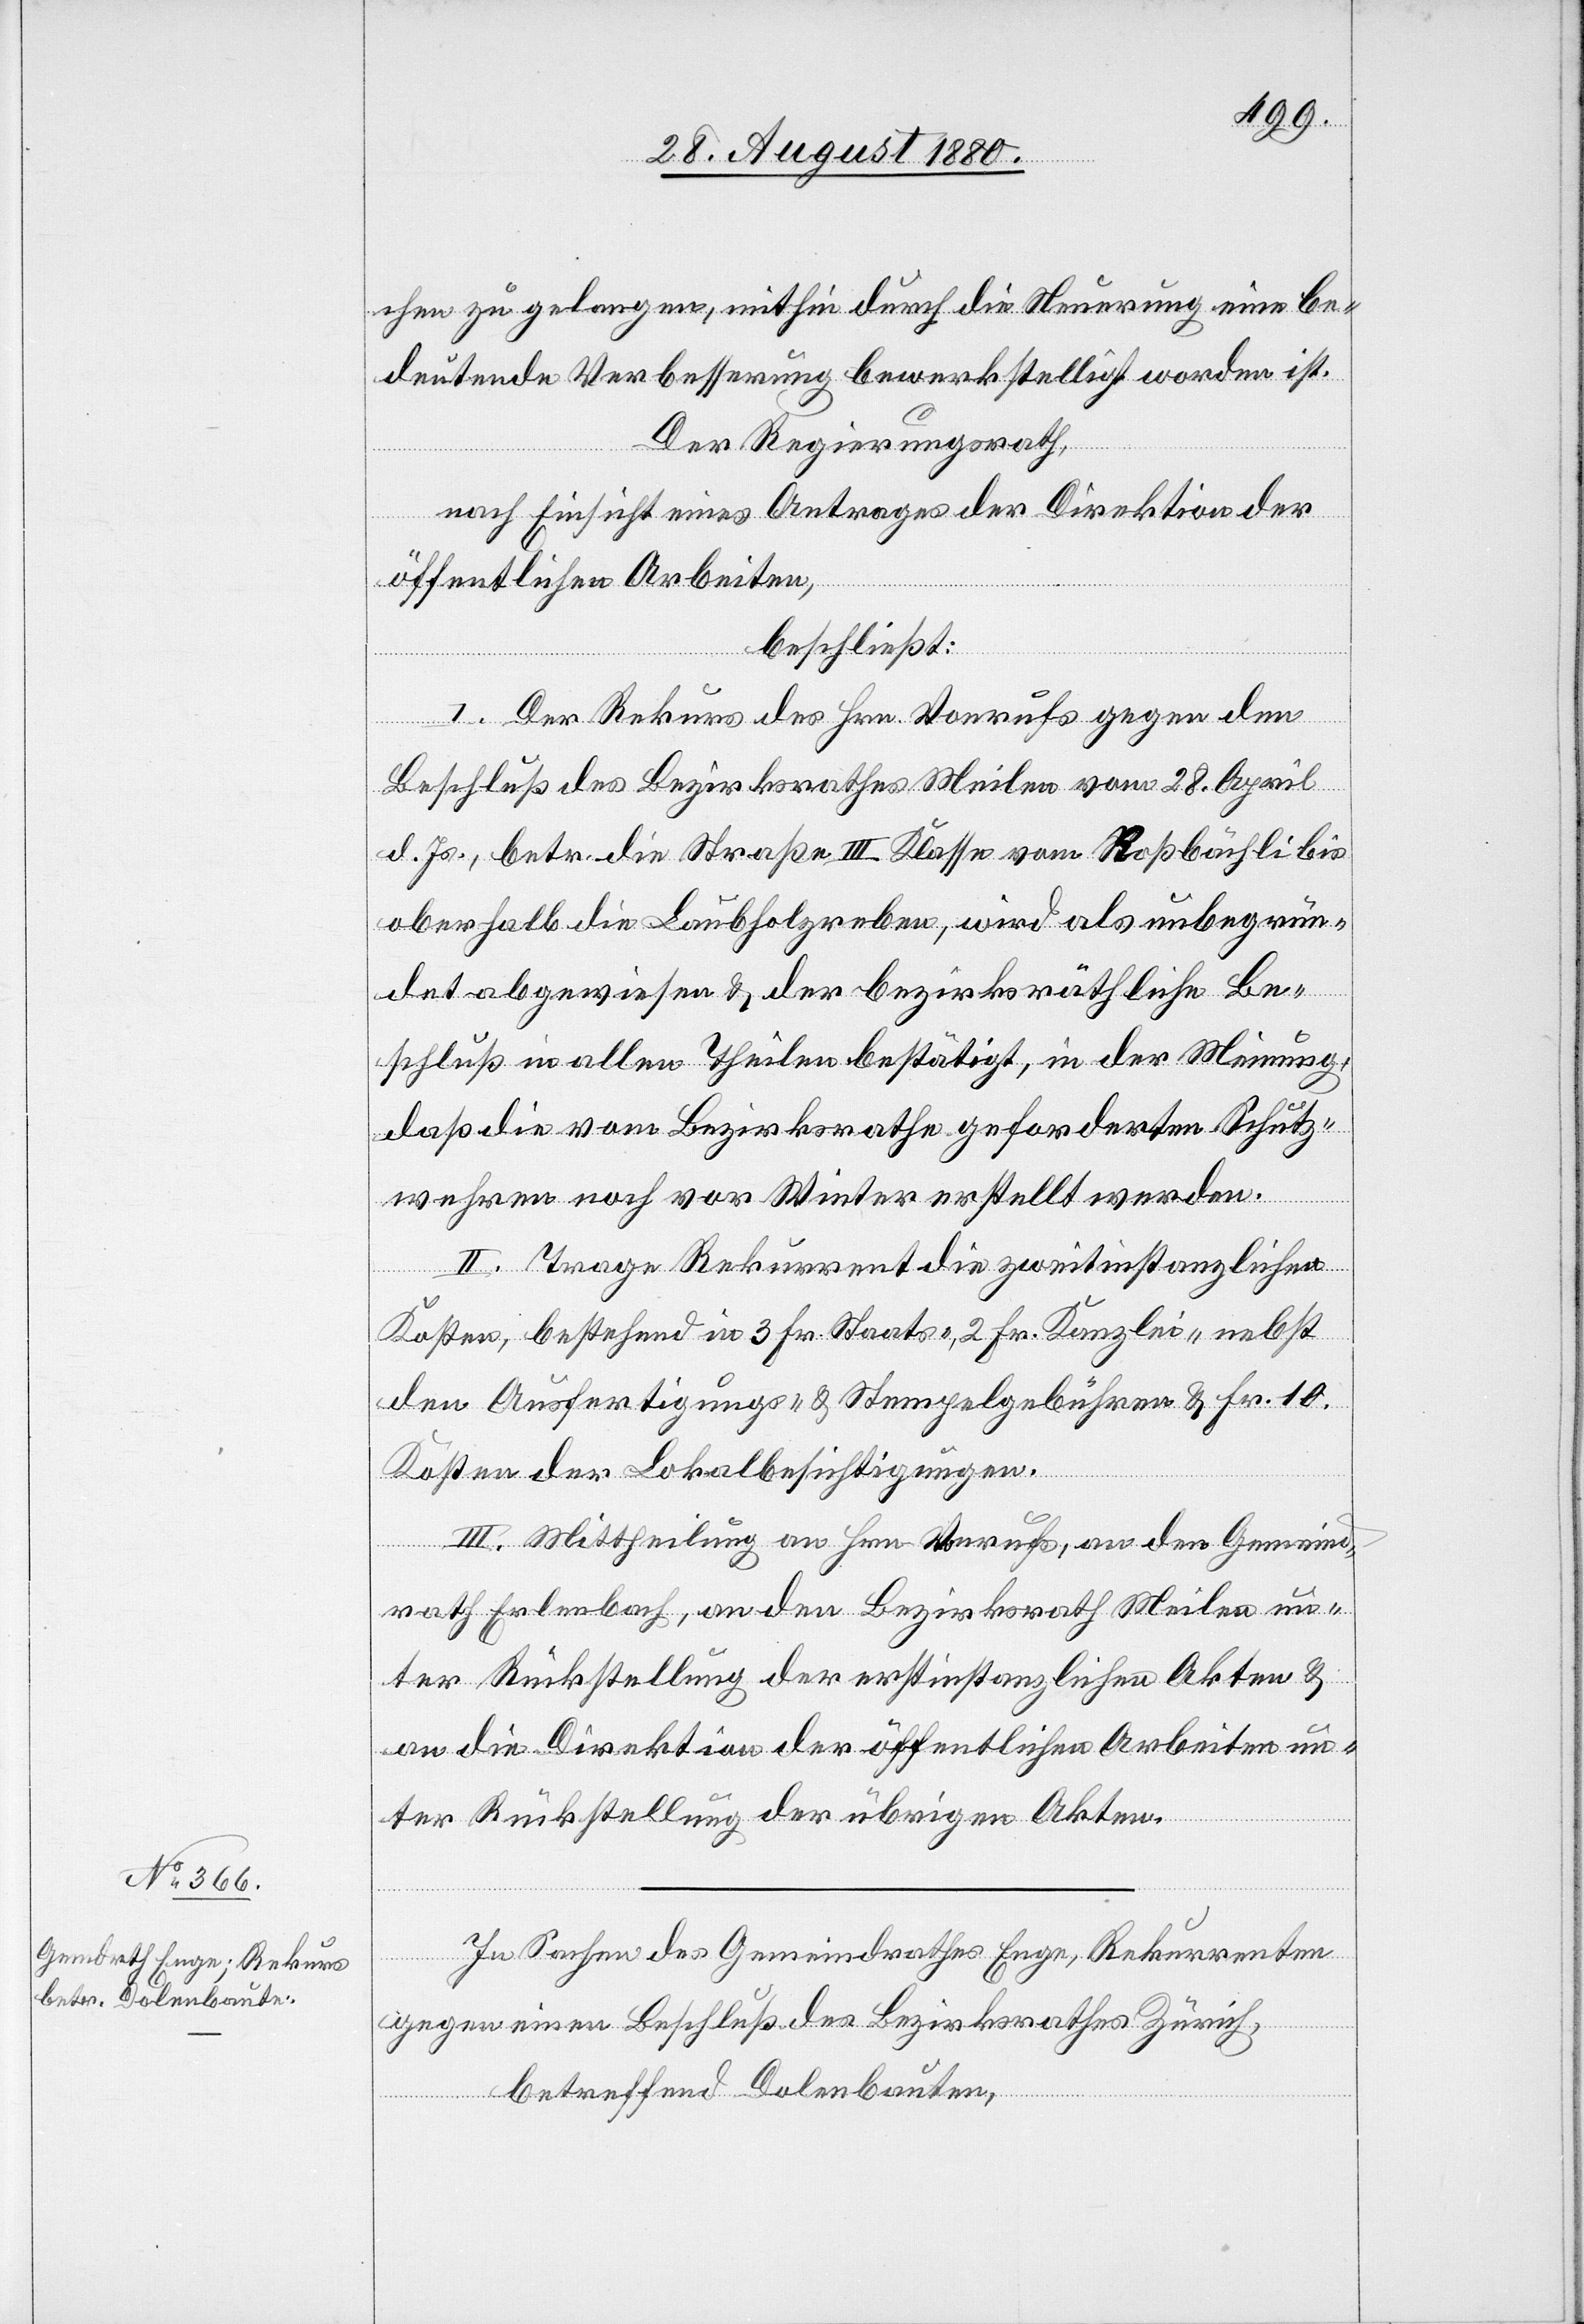
chen zu gelangen, mithin durch die Neuerung eine be¬
deutende Verbesserung bewerkstelligt worden ist.
Der Regierungsrath,
nach Einsicht eines Antrages der Direktion der
öffentlichen Arbeiten,
beschließt:
I. Der Rekurs des Hrn. Vonrufs gegen den
Beschluß des Bezirksrathes Meilen vom 28. April
d. Js., betr. die Straße III. Klasse vom Roßbächli bis
oberhalb die Laubholzreben, wird als unbegrün¬
det abgewiesen & der bezirksräthliche Be¬
schluß in allen Theilen bestätigt, in der Meinung
daß die vom Bezirksrathe geforderten Schutz¬
wehren noch vor Winter erstellt werden.
II. Trage Rekurrent die zweitinstanzlichen
Kosten, bestehend in 3 Fr. Staats-, 2 Fr. Kanzlei- nebst
den Ausfertigungs- & Stempelgebühren & Fr. 10
Kosten der Lokalbesichtigungen.
III. Mittheilung an Hrn. Vonrufs, an den Gemeind¬
rath Erlenbach, an den Bezirksrath Meilen un¬
ter Rückstellung der erstinstanzlichen Akten &
an die Direktion der öffentlichen Arbeiten un¬
ter Rückstellung der übrigen Akten.
In Sachen des Gemeindrathes Enge, Rekurrenten
gegen einen Beschluß des Bezirksrathes Zürich,
betreffend Dolenbauten,